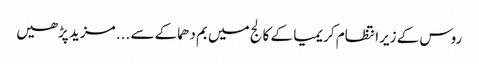
روس کے زیرانتظام کریمیا کے کالج میں بم دھماکے سے ... مزید پڑھیں